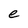
Character: e